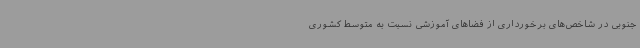
جنوبی در شاخص‌های برخورداری از فضاهای آموزشی نسبت به متوسط کشوری